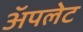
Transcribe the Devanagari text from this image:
अॅपलेट